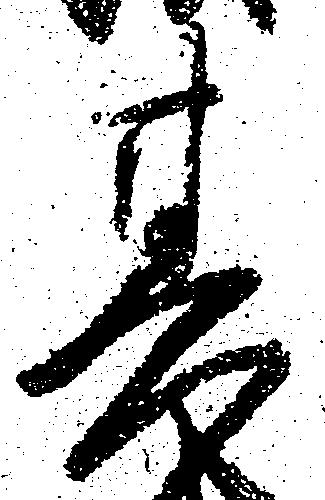
其